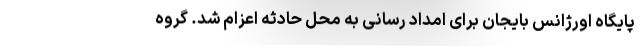
پایگاه اورژانس بایجان برای امداد رسانی به محل حادثه اعزام شد. گروه